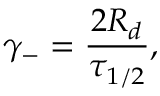
\gamma _ { - } = \frac { 2 R _ { d } } { \tau _ { 1 / 2 } } ,